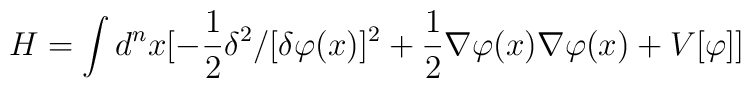
H= \int d^n x [ -{1 \over 2} \delta^2/[\delta \varphi(x)]^2+ {1 \over 2}\nabla\varphi(x) \nabla \varphi(x) + V[\varphi] ]